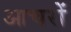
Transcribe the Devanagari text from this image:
आचरों